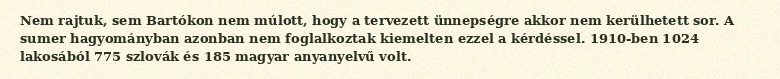
Nem rajtuk, sem Bartókon nem múlott, hogy a tervezett ünnepségre akkor nem kerülhetett sor. A sumer hagyományban azonban nem foglalkoztak kiemelten ezzel a kérdéssel. 1910-ben 1024 lakosából 775 szlovák és 185 magyar anyanyelvű volt.